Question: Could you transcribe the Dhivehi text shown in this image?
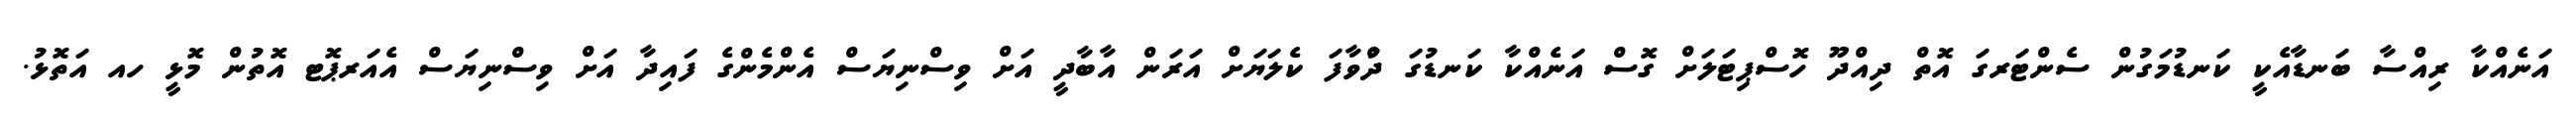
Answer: އަނެއްކާ ރިއްސާ ބަނޑާއެކީ ކަނޑުމަގުން ސެންޓަރގަ އޮތް ދިއްދޫ ހޮސްޕިޓަލަށް ގޮސް އަނެއްކާ ކަނޑުގަ ދުްވާފަ ކެލަޔަށް އަރަން އާބާދީ އަށް ވިސްނިޔަސް އެންމެންގެ ފައިދާ އަށް ވިސްނިޔަސް އެއަރޕޮޓ އޮތުން މޮޅީ ހއ އަތޮޅު.